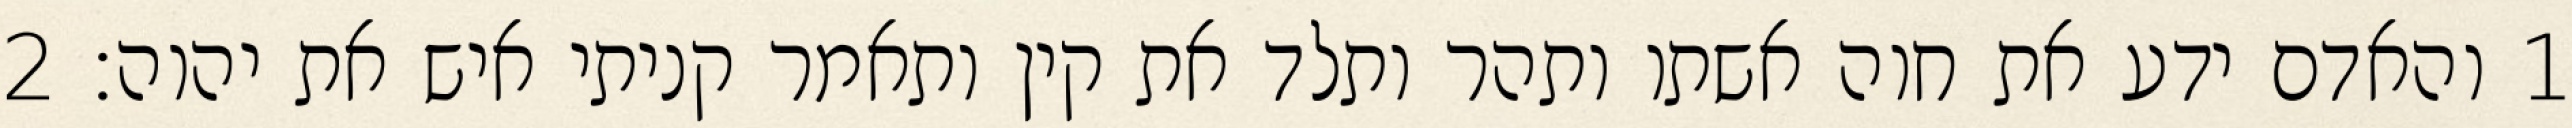
1 והאדם ידע את חוה אשתו ותהר ותלד את קין ותאמר קניתי איש את יהוה׃ ‎2‏